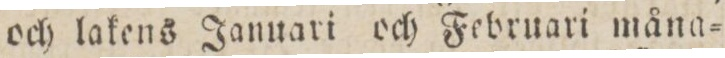
och lakens Januari och Februari måna=